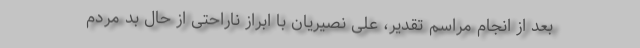
بعد از انجام مراسم تقدیر، علی نصیریان با ابراز ناراحتی از حال بد مردم